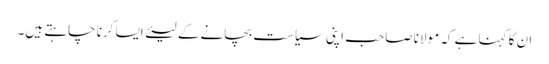
ان کا کہنا ہے کہ مولانا صاحب اپنی سیاست بچانے کے لیئے ایسا کرنا چاہتے ہیں۔